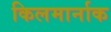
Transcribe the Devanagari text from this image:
किलमार्नाक